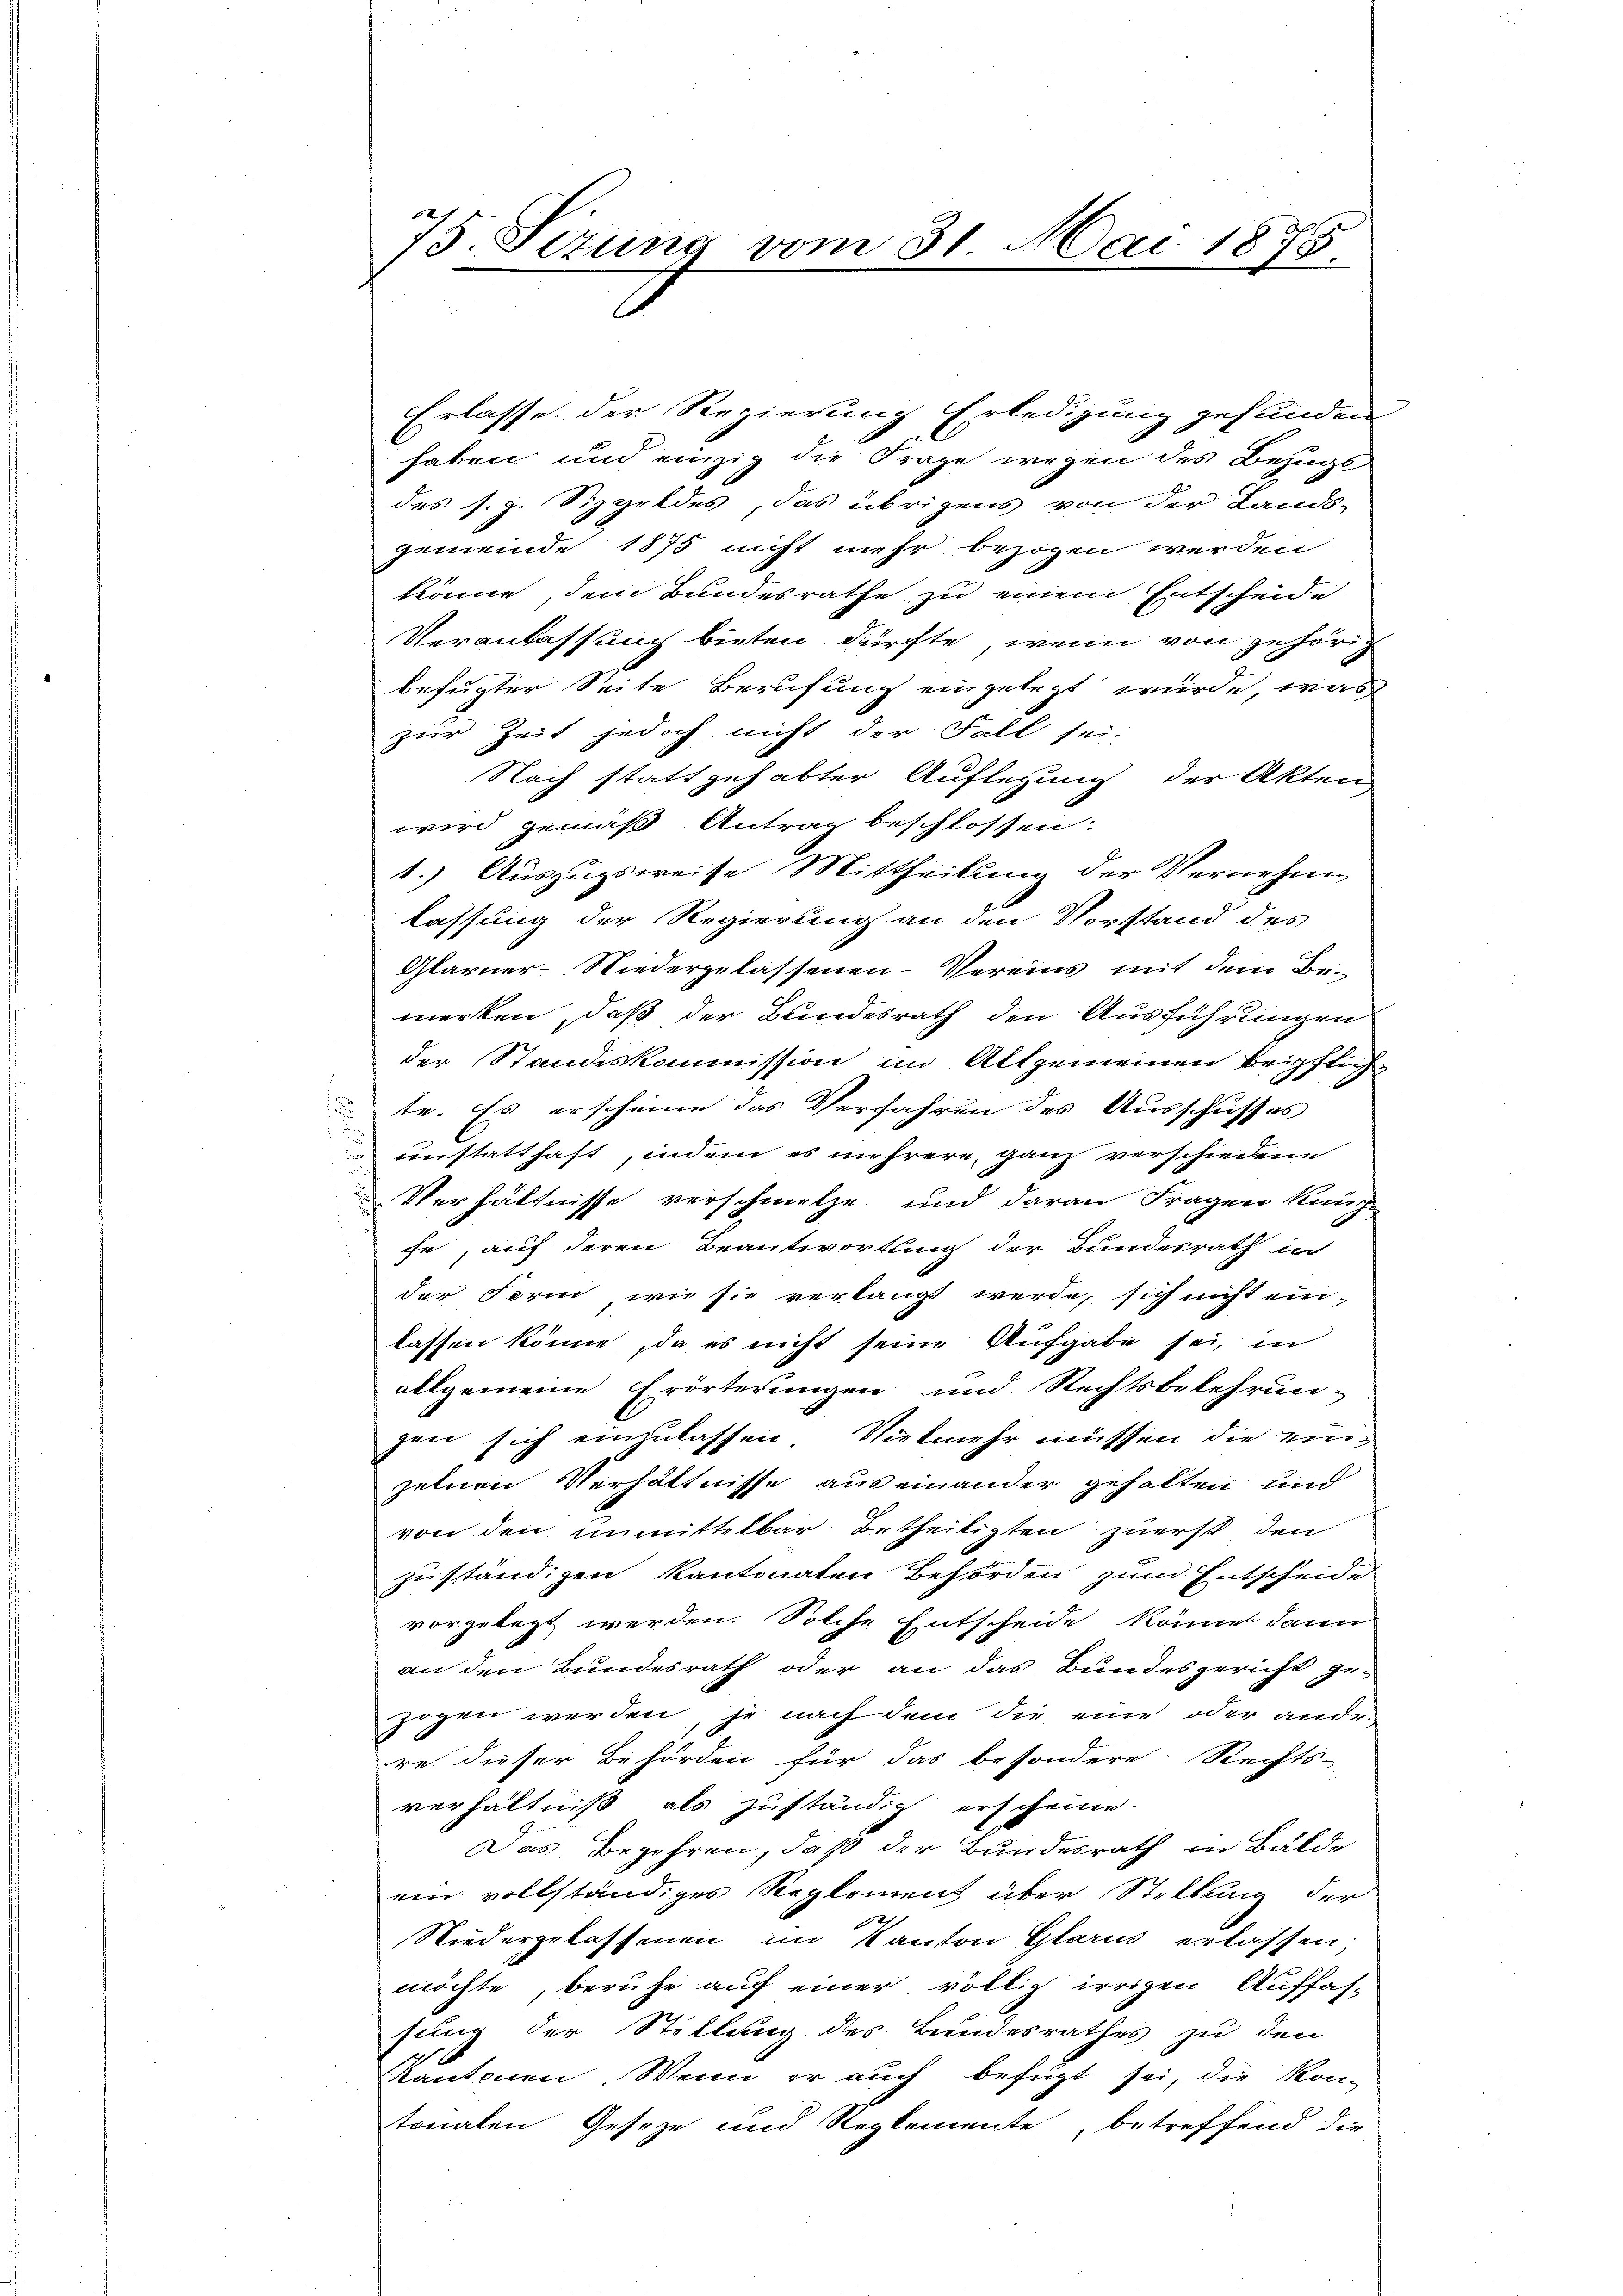
Erlasse der Regierung Erledigung gefunden
haben und einzig die Frage wegen des Bezugs
des s. g. Sizgeldes, das übrigens von der Lands-
gemeinde 1875 nicht mehr bezogen werden
könne, dem Bundesrathe zu einem Entscheide
Veranlassung bieten dürfte, wenn von gehörig
befugter Seite Berufung eingelegt würde, was
zur Zeit jedoch nicht der Fall sei.
Nach stattgehabter Auflegung der Akten
wird gemäß Antrag beschlossen:
1.) Auszugsweise Mittheilung der Vernehm
lassung der Regierung an den Vorstand des
Glarner-Niedergelassenen-Vereins mit dem Bemerken, daß der Bundesrath den Ausführungen
der Standeskommission im Altgemeinen beipflichte. Es erscheine das Verfahren des Ausschusses
unstatthaft, indem es mehrere, ganz verschiedene
Verhältnisse verschmelze und daran Fragen knüp
che, auf deren Beantwortung der Bundesrath in
der Form wie sie verlangt werde, sich nicht einlassen könne, da es nicht seine Aufgabe sei, in
allgemeine Erörterungen und Rechtsbelehrun-
zen sich einzulassen. Vielmehr müssen die einzelnen Verhältnisse auseinander gehalten und
von den unmittelbar betheiligten zuerst den
zuständigen kantonaten Behörden zum Entscheide
vorgelegt werden. Solche Entscheide könne dann
an den Bundesrath oder an das Bundesgericht gezogen werden, je nach dem die eine oder ander
re dieser Behörden für das besondere Rechts-
verhältniß als zuständig erscheine.
Das Begehren, daß der Bundesrath in Bälde
ein vollständiges Reglement über Stellung der
Niedergelassenen im Kanton Glarus erlassen;
möchte, beruhe auf einer völlig irrigen Auffas-
sung der Stellung des Bundesrathes zu den
Kantonen. Wenn er auch befügt sei, die Kon-
tonalen Gesetze und Reglemente, betreffend die

75. Sizung vom 31. Mai 1878.